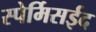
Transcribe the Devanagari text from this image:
स्पेर्मिसईद